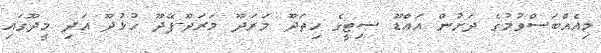
މިއެއްބަސްވުމުގެ ދަށުން އައްޑޫ ސިޓީގެ ހިތަދޫ މަރަދޫ މަރަދޫ-ފޭދޫ ހުޅުދޫ އަދި މީދޫގައި